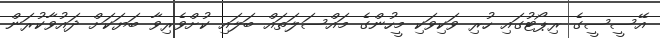
އޭސީސީގެ ރިޕޯޓުގައި ހުރި ވަކިވަކި މީހުންގެ މައްސަލަތައް ބަލައި ކުށްވެރިވާ ބަޔަކަށް ދައުވާކުރަން